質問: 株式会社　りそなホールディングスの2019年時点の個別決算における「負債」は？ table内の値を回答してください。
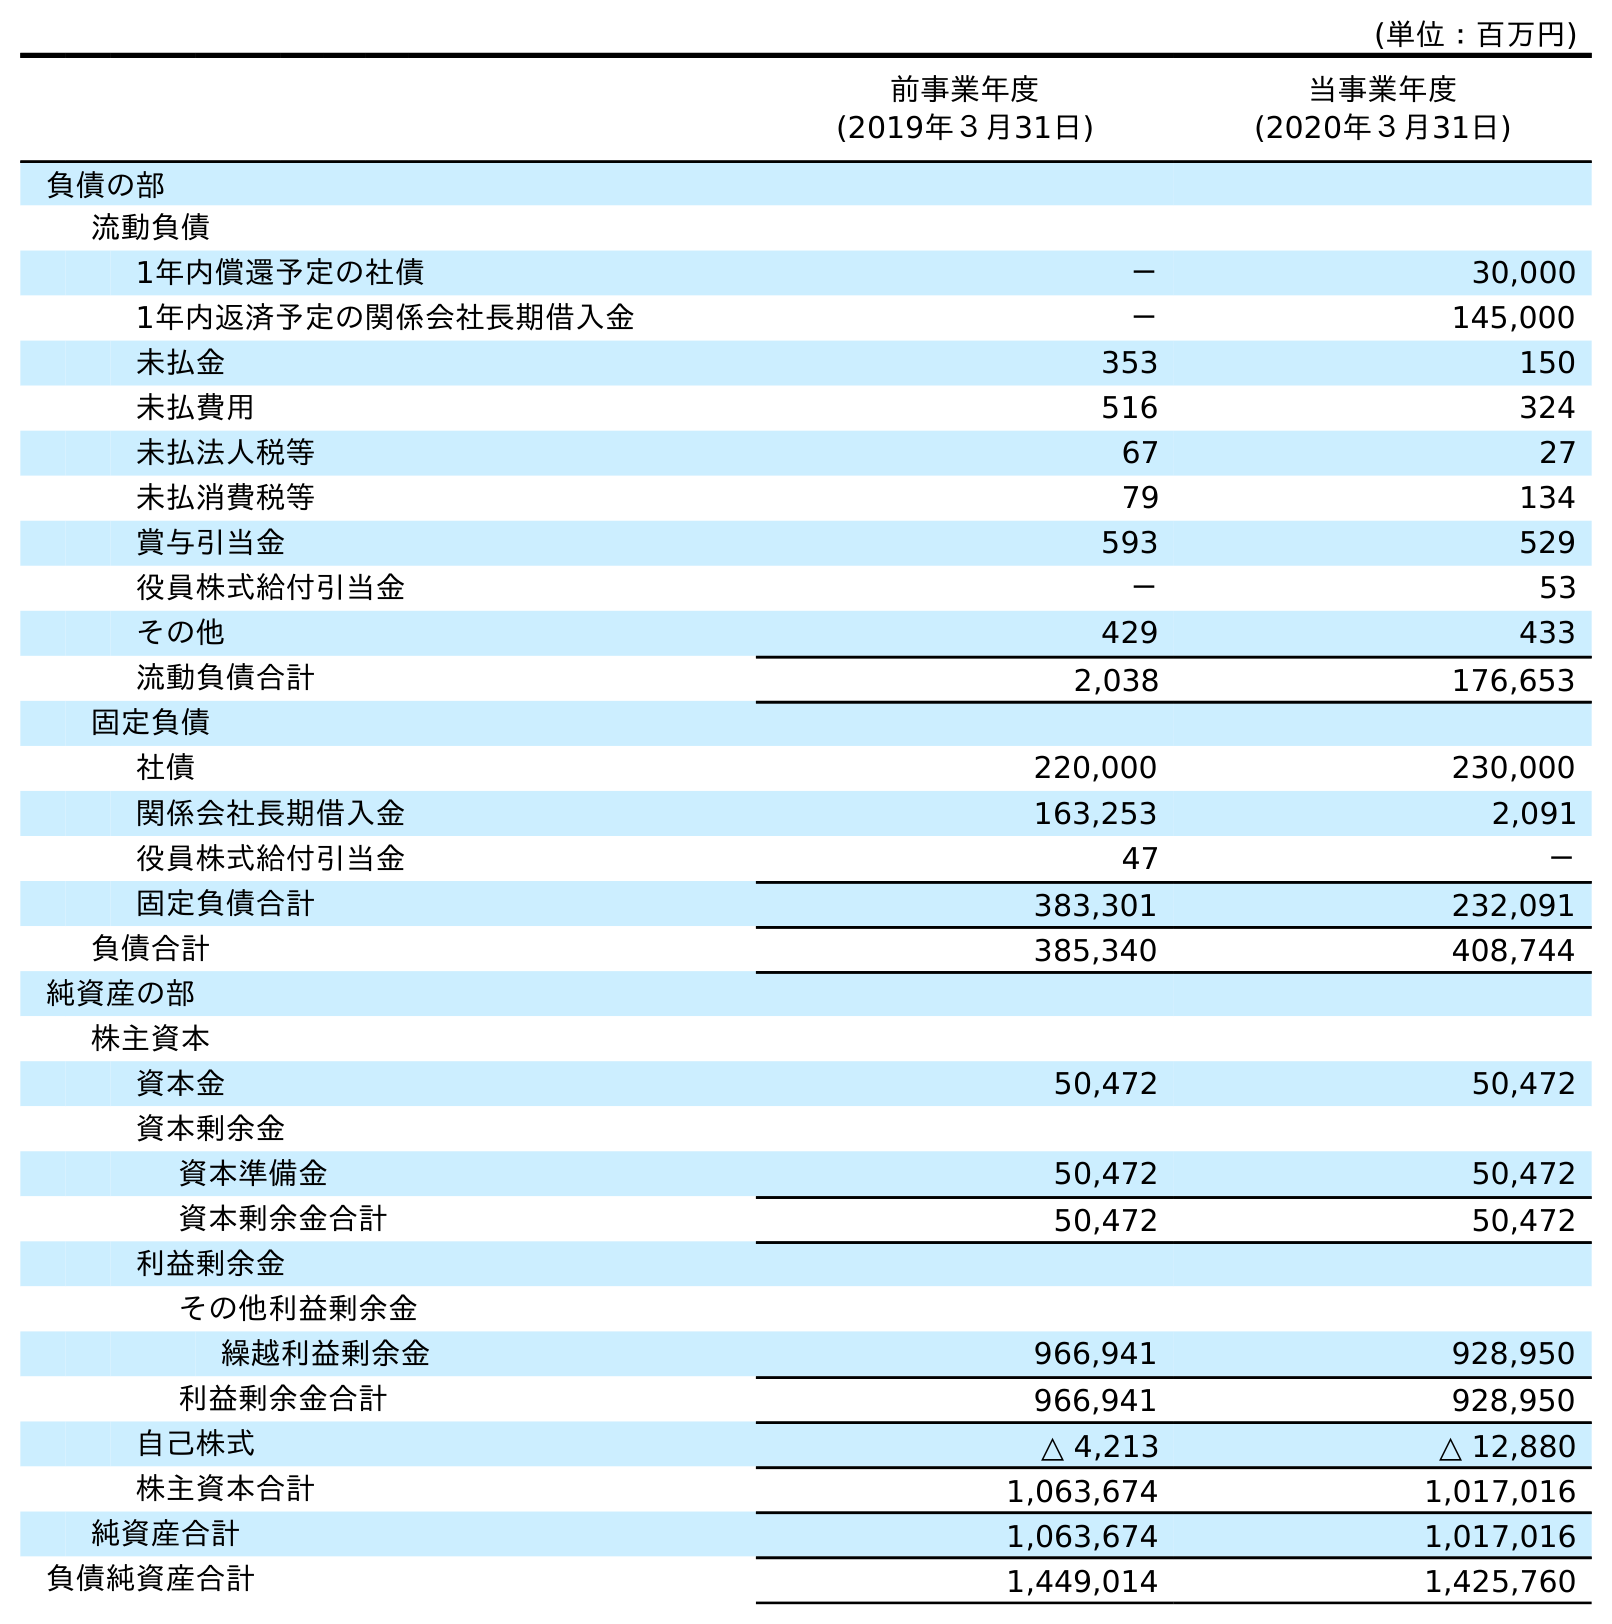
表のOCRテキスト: (単位：百万円) 前事業年度 (2019年３月31日) 当事業年度 (2020年３月31日) 負債の部 流動負債 1年内償還予定の社債 － 30,000 1年内返済予定の関係会社長期借入金 － 145,000 未払金 353 150 未払費用 516 324 未払法人税等 67 27 未払消費税等 79 134 賞与引当金 593 529 役員株式給付引当金 － 53 その他 429 433 流動負債合計 2,038 176,653 固定負債 社債 220,000 230,000 関係会社長期借入金 163,253 2,091 役員株式給付引当金 47 － 固定負債合計 383,301 232,091 負債合計 385,340 408,744 純資産の部 株主資本 資本金 50,472 50,472 資本剰余金 資本準備金 50,472 50,472 資本剰余金合計 50,472 50,472 利益剰余金 その他利益剰余金 繰越利益剰余金 966,941 928,950 利益剰余金合計 966,941 928,950 自己株式 △ 4,213 △ 12,880 株主資本合計 1,063,674 1,017,016 純資産合計 1,063,674 1,017,016 負債純資産合計 1,449,014 1,425,760
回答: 385,340